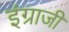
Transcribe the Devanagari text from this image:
इंग्राजी